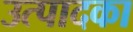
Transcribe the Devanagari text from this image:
उत्पादका